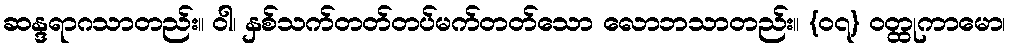
ဆန္ဒရာဂသာတည်း။ ဝါ၊ နှစ်သက်တတ်တပ်မက်တတ်သော လောဘသာတည်း။ {၀၇} ဝတ္ထုကာမော၊